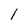
Character: 1